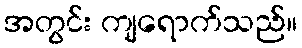
အတွင်း ကျရောက်သည်။